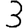
Digit: 3